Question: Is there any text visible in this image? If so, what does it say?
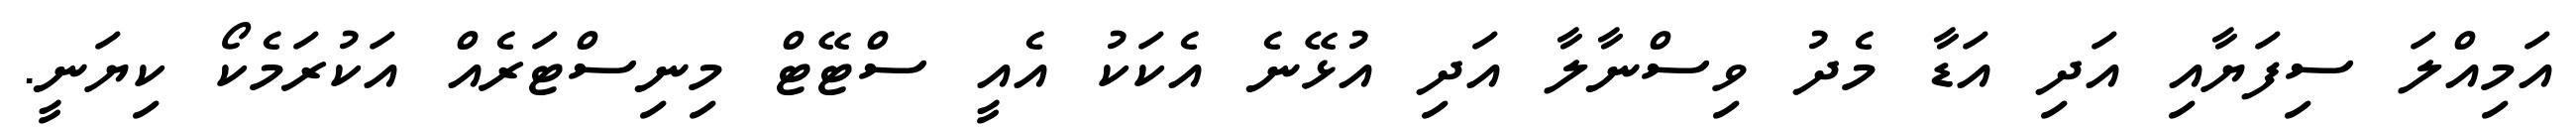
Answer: އަމިއްލަ ސިފަޔާއި އަދި އަޑާ މެދު ވިސްނާލާ އަދި އުޅޭނެ އެކަކު އެއީ ސްޓޭޓް މިނިސްޓަރެއް އަކުރަމެކޯ ކިޔަނީ.